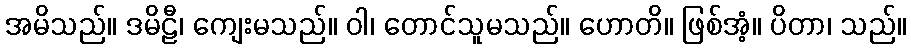
အမိသည်။ ဒမိဠီ၊ ကျေးမသည်။ ဝါ၊ တောင်သူမသည်။ ဟောတိ။ ဖြစ်အံ့။ ပိတာ၊ သည်။